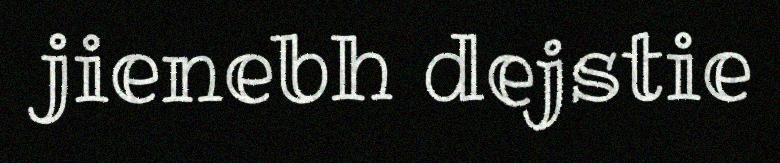
jienebh dejstie